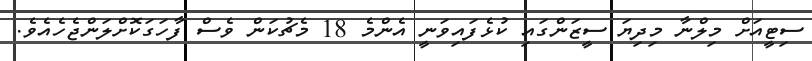
ސިޓީއަށް މިލްނާ މިދިޔަ ސީޒަންގައި ކުޅެފައިވަނީ އެންމެ 18 މެޗުކަން ވެސް ފާހަގަކޮށްލަންޖެހެއެވެ.